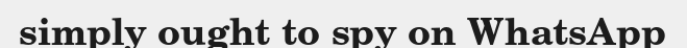
simply ought to spy on WhatsApp